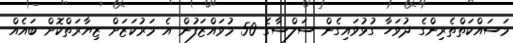
މަސައްކަތްތެރިންގެ ދުވަހާ ގުޅުވައިގެން ސަލްސާގެ 50 މުވައްޒަފުން އެ މަރުކަޒަށް ޒިޔާރަތްކޮށް ބައެއް